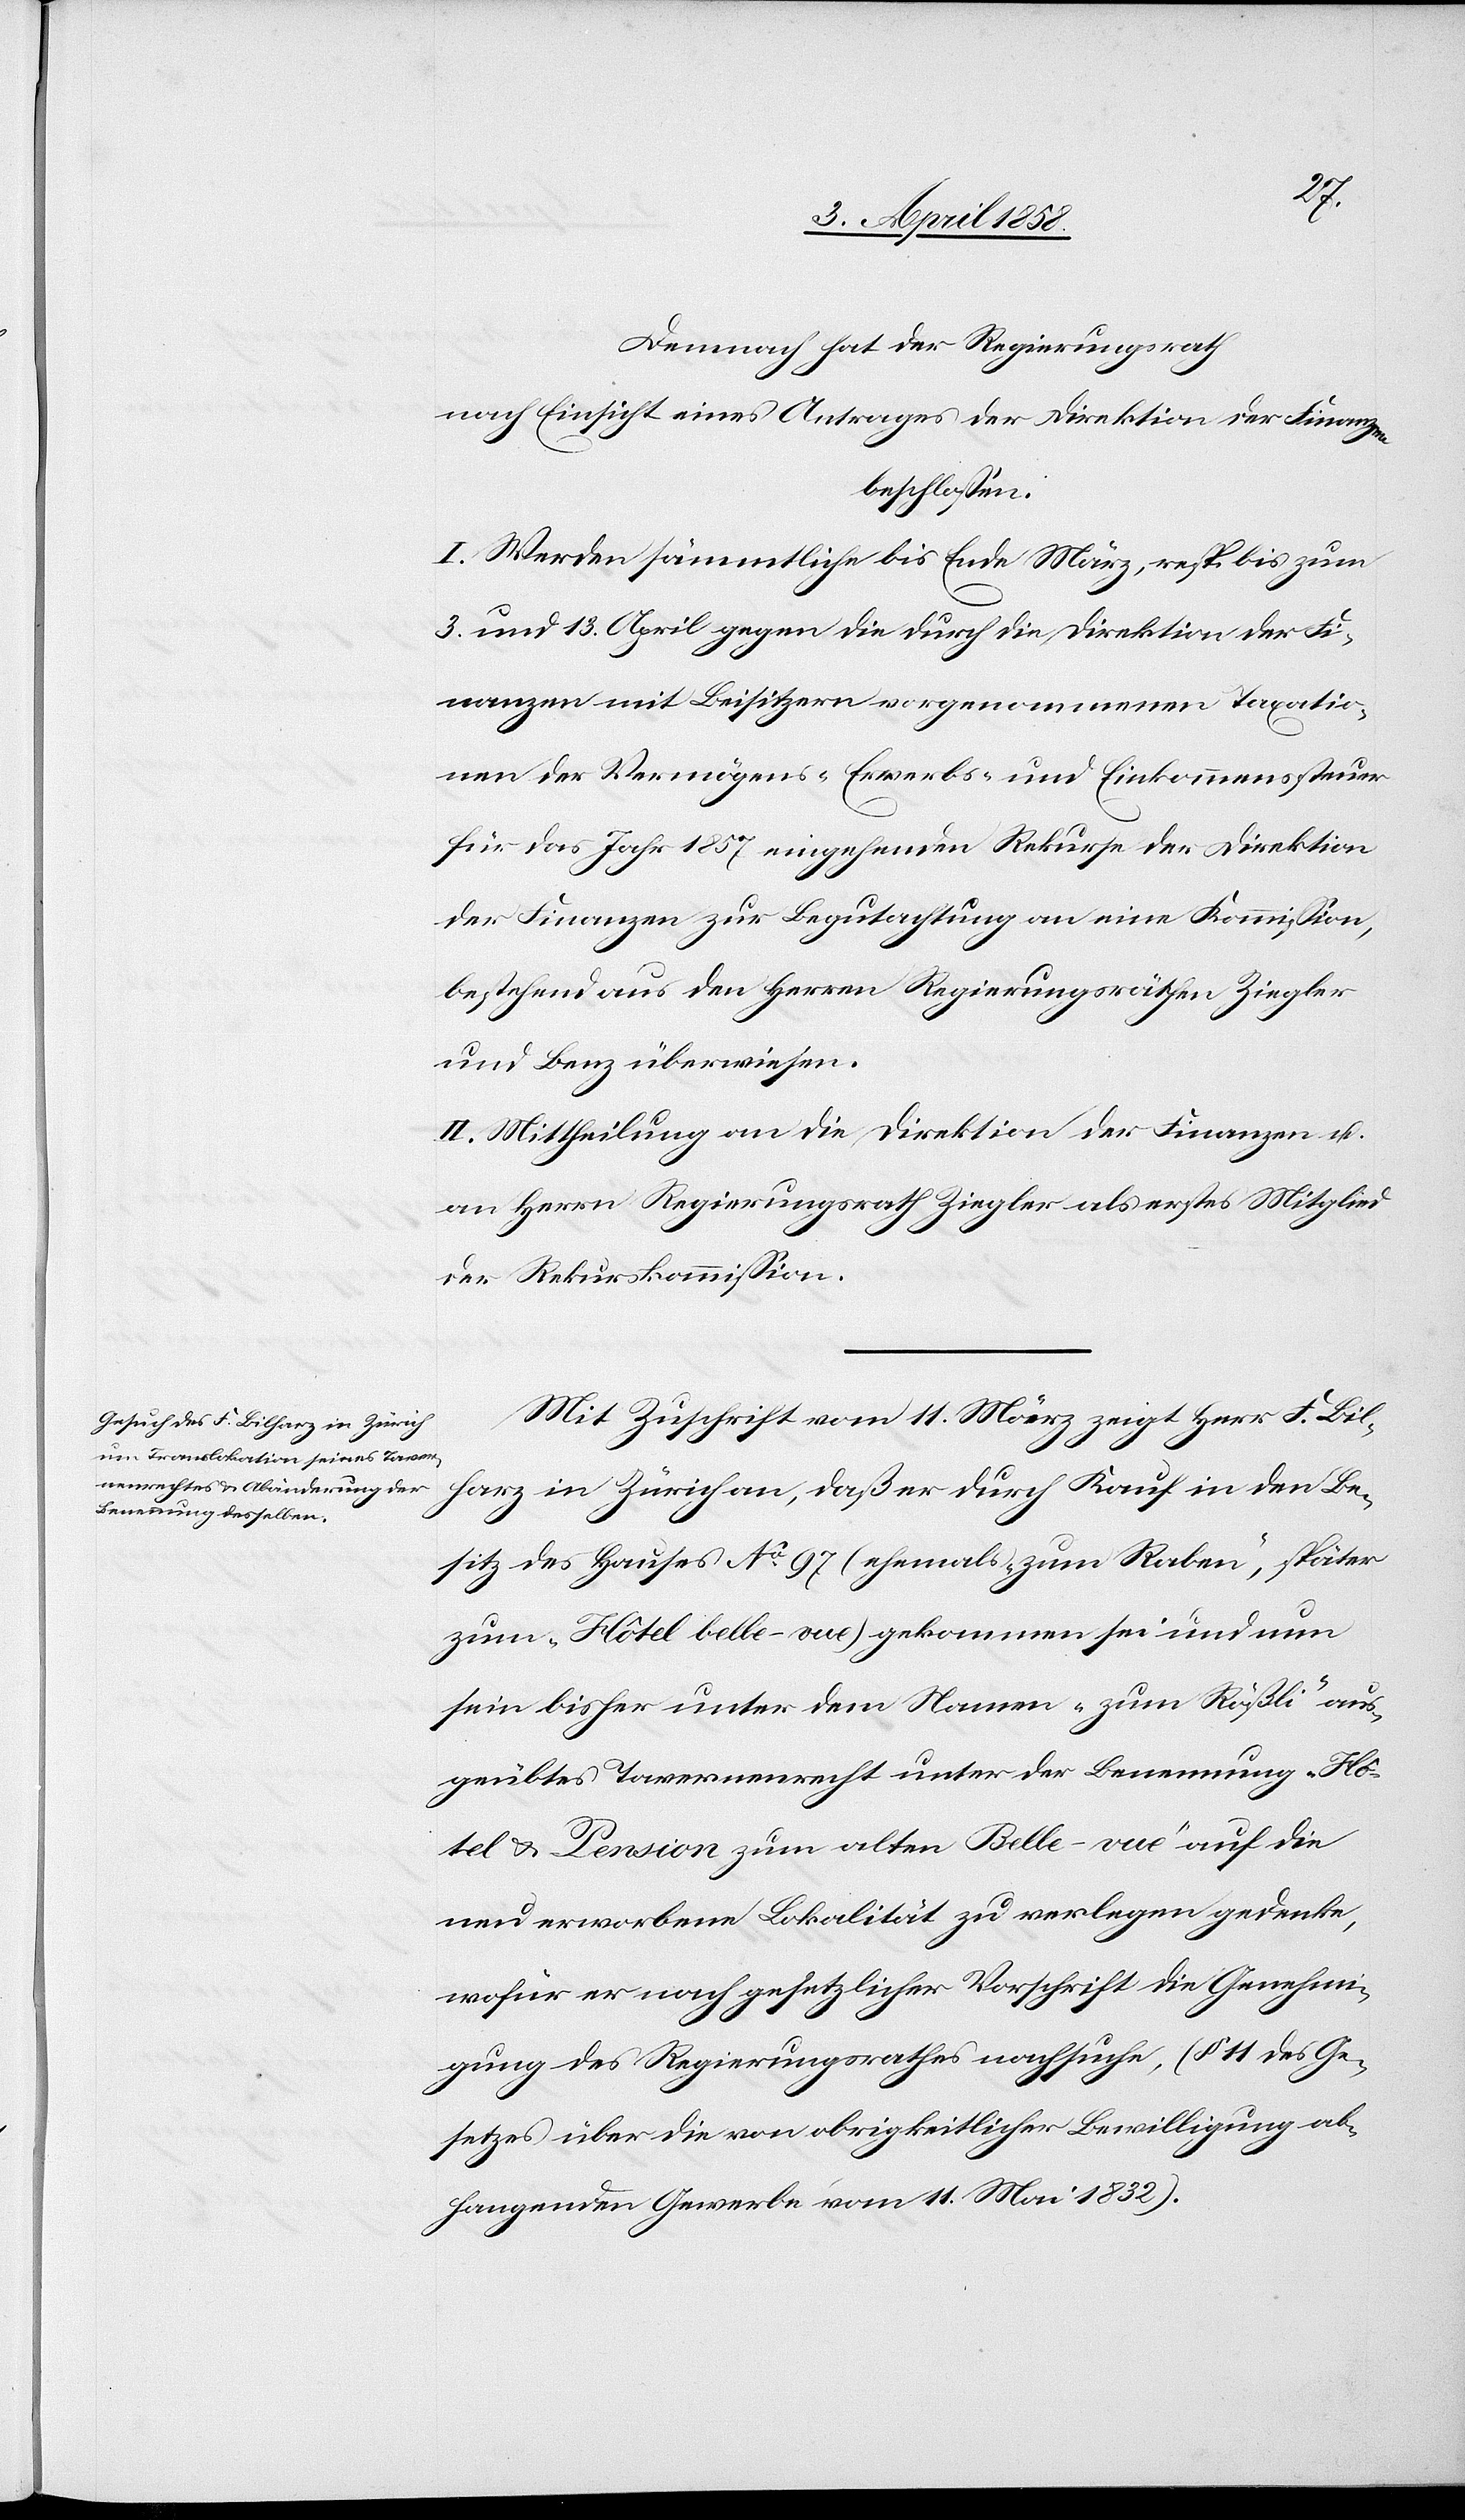
Demnach hat der Regierungsrath
nach Einsicht eines Antrages der Direktion der Finanzen
beschlossen:
I. Werden sämmtliche bis Ende März, resp. bis zum
3. und 13. April gegen die durch die Direktion der Fi¬
nanzen mit Beisitzern vorgenommenen Taxatio¬
nen der Vermögens-[,] Erwerbs- und Einkommenssteuer
für das Jahr 1857 angehenden Rekurse der Direktion
der Finanzen zur Begutachtung an eine Kommission,
bestehend aus den Herrn Regierungsräthen Ziegler
und Benz überwiesen.
II. Mittheilung an die Direktion der Finanzen u.
an Herrn Regierungsrath Ziegler als erstes Mitglied
der Rekurskommission.
Mit Zuschrift vom 11. März zeigt Herr F. Bil¬
harz in Zürich an, daß er durch Kauf in den Be¬
sitz des Hauses No 97 (ehemals „zum Raben“, später
zum „Hôtel belle-vue“) gekommen sei und um
sein bisher unter dem Namen „zum Rößli“ aus¬
geübtes Tavernenrecht unter der Benennung „Hô¬
tel & Pension zum alten Belle-vue“ auf die
neu erworbene Lokalität zu verlegen gedenke,
wofür er nach gesetzlicher Vorschrift die Genehmi¬
gung des Regierungsrathes nachsuche, (§ 11 des Ge¬
setzes über die von obrigkeitlicher Bewilligung ab¬
hangenden Gewerbe vom 11. Mai 1832).